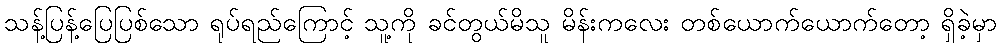
သန့်ပြန့်ပြေပြစ်သော ရုပ်ရည်ကြောင့် သူ့ကို ခင်တွယ်မိသူ မိန်းကလေး တစ်ယောက်ယောက်တော့ ရှိခဲ့မှာ